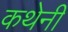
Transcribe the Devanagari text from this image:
कथेनी